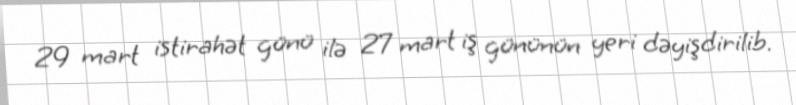
29 mart istirahət günü ilə 27 mart iş gününün yeri dəyişdirilib.